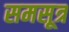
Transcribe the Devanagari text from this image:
समसूत्र